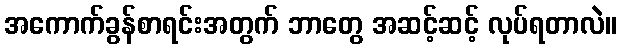
အကောက်ခွန်စာရင်းအတွက် ဘာတွေ အဆင့်ဆင့် လုပ်ရတာလဲ။